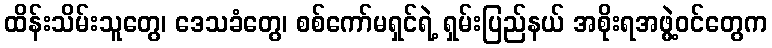
ထိန်းသိမ်းသူတွေ၊ ဒေသခံတွေ၊ စစ်ကော်မရှင်ရဲ့ ရှမ်းပြည်နယ် အစိုးရအဖွဲ့ဝင်တွေက